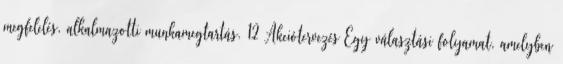
megfelelés, alkalmazotti munkamegtartás. 12 Akciótervezés Egy választási folyamat, amelyben